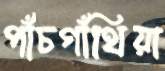
পাঁচগাঁথিয়া